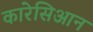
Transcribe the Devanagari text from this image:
कारेसिआन